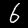
Digit: 6